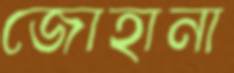
জোহানা